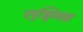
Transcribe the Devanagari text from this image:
लुड्विख़